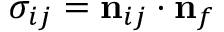
\sigma _ { i j } = \mathbf { n } _ { i j } \cdot \mathbf { n } _ { f }